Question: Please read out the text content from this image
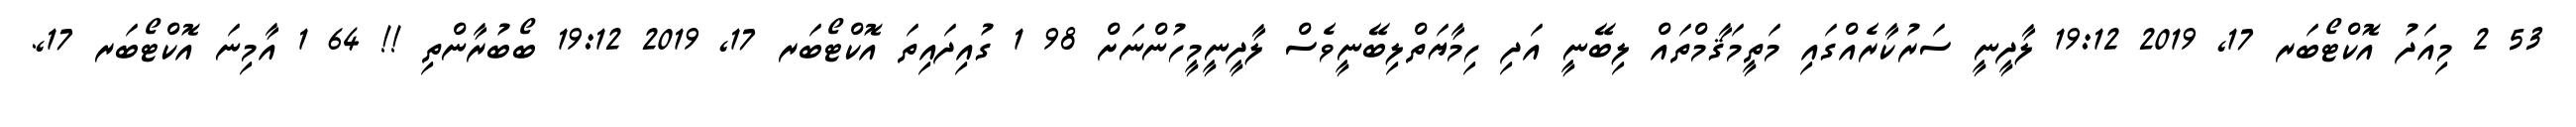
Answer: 53 2 މިއަދު އޮކްޓޯބަރ 17, 2019 19:12 ލާދީނީ ސަރުކާރެއްގައި މަތީމަޤާމްތައް ލިބޭނީ އަދި ހިމާޔަތްލިބޭނީވެސް ލާދީނީމީހުންނަށް 98 1 ގުއިދައިތަ އޮކްޓޯބަރ 17, 2019 19:12 ބޯބުރާންތި !! 64 1 އާމިނަ އޮކްޓޯބަރ 17,.